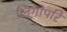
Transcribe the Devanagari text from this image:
लिंगोपरि